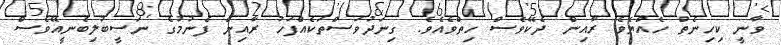
ވާނީ ކިހިނެތް ހެއްޔެވެ ރާއިން ދެކޭވެސް ހިތްވެއެވެ. ގިނަދުވަސްތަކެއްފަހު ރާއިން ފެނުމުގެ ނަސީބުލިބެނީއޭވެސް